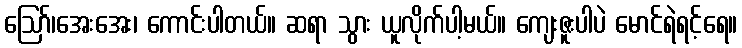
ဪ၊အေးအေး၊ ကောင်းပါတယ်။ ဆရာ သွား ယူလိုက်ပါ့မယ်။ ကျေးဇူးပါပဲ မောင်ရဲရင့်ရေ။